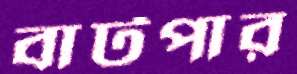
বাটপার